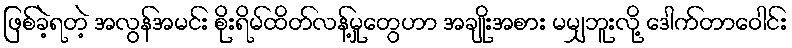
ဖြစ်ခဲ့ရတဲ့ အလွန်အမင်း စိုးရိမ်ထိတ်လန့်မှုတွေဟာ အချိုးအစား မမျှဘူးလို့ ဒေါက်တာဝေါင်း